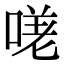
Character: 𭉈